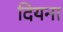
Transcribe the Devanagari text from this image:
दियना